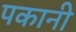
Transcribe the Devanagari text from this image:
पकानी